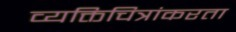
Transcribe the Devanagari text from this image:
व्यक्तिचित्रांकरता